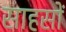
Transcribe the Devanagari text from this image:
साहसों